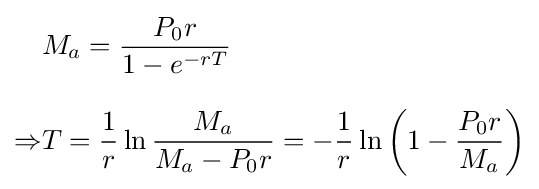
{\begin{aligned}&M_{a}={\frac {P_{0}r}{1-e^{-rT}}}\\[8pt]\Rightarrow &T={\frac {1}{r}}\ln {\frac {M_{a}}{M_{a}-P_{0}r}}=-{\frac {1}{r}}\ln \left(1-{\frac {P_{0}r}{M_{a}}}\right)\end{aligned}}